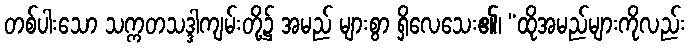
တစ်ပါးသော သက္ကတသဒ္ဒါကျမ်းတို့၌ အမည် များစွာ ရှိလေသေး၏၊ “ထိုအမည်များကိုလည်း